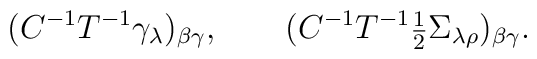
(C^{-1} T^{-1} \gamma_{\lambda})_{ \beta \gamma}, \qquad(C^{-1} T^{-1} {\mbox{\small$\frac12$}}\Sigma_{\lambda \rho})_{\beta \gamma}.